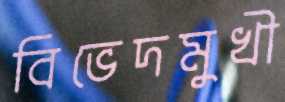
বিভেদমুখী